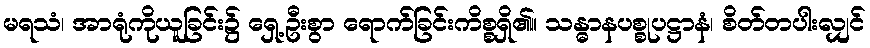
မရသံ၊ အာရုံကိုယူခြင်း၌ ရှေ့ဦးစွာ ရောက်ခြင်းကိစ္စရှိ၏။ သန္ဓာနပစ္စုပဋ္ဌာနံ၊ စိတ်တပါးလျှင်